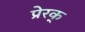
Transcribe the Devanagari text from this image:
प्रेरक्